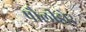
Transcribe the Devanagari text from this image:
पौलीडोर